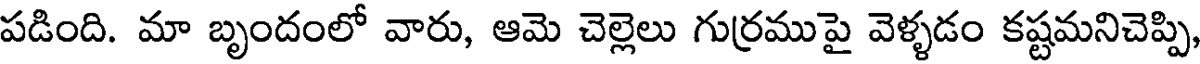
పడింది. మా బృందంలో వారు, ఆమె చెల్లెలు గుర్రముపై వెళ్ళడం కష్టమనిచెప్పి,